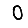
Digit: 0